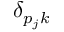
\delta _ { p _ { j } k }